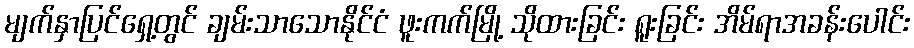
မျက်နှာပြင်ရှေ့တွင် ချမ်းသာသောနိုင်ငံ ဖူးကက်မြို့ သိုထားခြင်း ရူးခြင်း အိမ်ရာအခန်းပေါင်း